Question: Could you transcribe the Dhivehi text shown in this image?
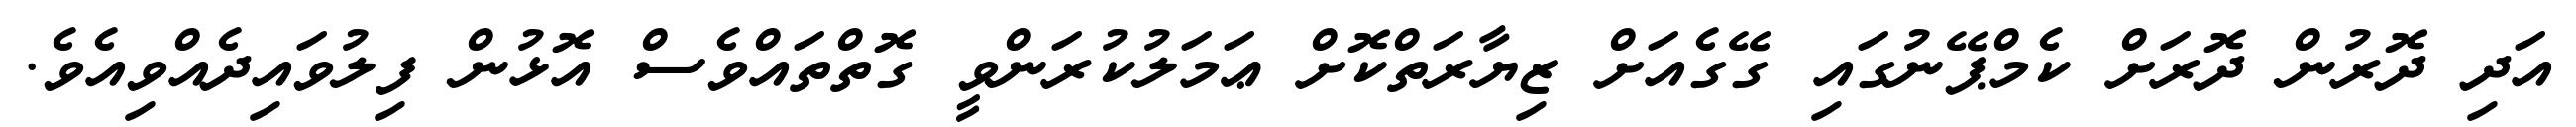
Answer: އަދި ދޮރުން ދޮރަށް ކެމްޕޭނުގައި ގޭގެއަށް ޒިޔާރަތްކޮށް ޢަމަލުކުރަންވީ ގޮތްތައްވެސް އޮޅުން ފިލުވައިދެއްވިއެވެ.